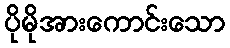
ပိုမိုအားကောင်းသော